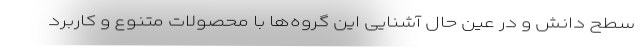
سطح دانش و در عین حال آشنایی این گروه‌ها با محصولات متنوع و کاربرد